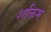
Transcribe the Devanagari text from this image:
शक्तिम